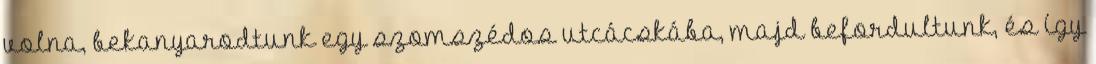
volna, bekanyarodtunk egy szomszédos utcácskába, majd befordultunk, és így